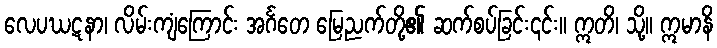
လေပဃဋနာ၊ လိမ်းကျံကြောင်း အင်္ဂတေ မြေညက်တို့၏ ဆက်စပ်ခြင်း၎င်း။ ဣတိ၊ သို့။ ဣမာနိ